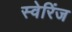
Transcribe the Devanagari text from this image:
स्वेरिंज